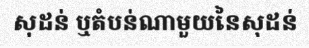
សុដន់ ឬតំបន់ណាមួយនៃសុដន់